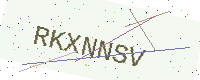
Text: RKXNNSV